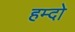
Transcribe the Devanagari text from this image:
हम्दो